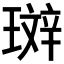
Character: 𤨘